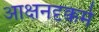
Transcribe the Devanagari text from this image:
आक्षनदृक्कर्म